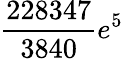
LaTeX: \frac{228347}{3840}e^{5}